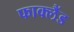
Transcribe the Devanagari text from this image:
फाक्लैंड